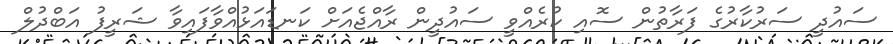
ސައުދީ ސަރުކާރުގެ ފަރާތުން ސޮއި ކުރެއްވީ ސައުދީން ރާއްޖެއަށް ކަނޑައަޅުއްވާފައިވާ ޝަރީފު އަބްދުލް